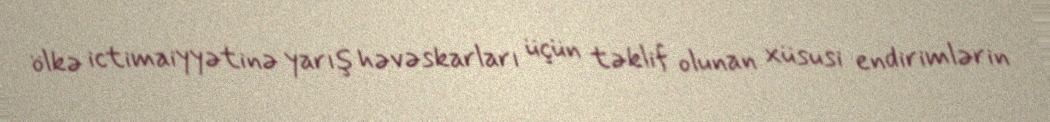
ölkə ictimaiyyətinə yarış həvəskarları üçün təklif olunan xüsusi endirimlərin